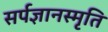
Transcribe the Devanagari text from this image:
सर्पज्ञानस्मृति